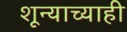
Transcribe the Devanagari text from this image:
शून्याच्याही